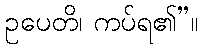
ဥပေတိ၊ ကပ်ရ၏”။